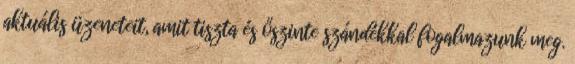
aktuális üzeneteit, amit tiszta és őszinte szándékkal fogalmazunk meg.